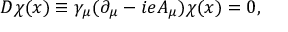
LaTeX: D \chi ( x ) \equiv \gamma _ { \mu } ( \partial _ { \mu } - i e A _ { \mu } ) \chi ( x ) = 0 ,